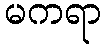
မကရာ